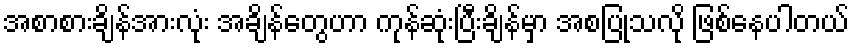
အစာစားချိန်အားလုံး အချိန်တွေဟာ ကုန်ဆုံးပြီးချိန်မှာ အစပြုသလို ဖြစ်နေပါတယ်